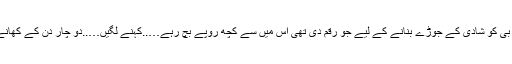
’’ پڑوس والی خالہ بی کو شادی کے جوڑے بنانے کے لیے جو رقم دی تھی اس میں سے کچھ روپے بچ رہے…..کہنے لگیں…..دو چار دن کے کھانے کے کام آئے گی۔